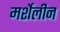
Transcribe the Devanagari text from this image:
मर्शेलीन